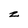
Character: z